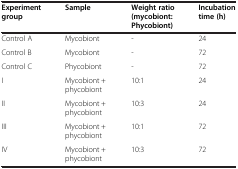
<table><thead><tr><td><b>Experiment group</b></td><td><b>Sample</b></td><td><b>Weight ratio (mycobiont:Phycobiont)</b></td><td><b>Incubation time (h)</b></td></tr></thead><tbody><tr><td>Control A</td><td>Mycobiont</td><td>-</td><td>24</td></tr><tr><td>Control B</td><td>Mycobiont</td><td>-</td><td>72</td></tr><tr><td>Control C</td><td>Phycobiont</td><td>-</td><td>72</td></tr><tr><td>I</td><td>Mycobiont + phycobiont</td><td>10:1</td><td>24</td></tr><tr><td>II</td><td>Mycobiont + phycobiont</td><td>10:3</td><td>24</td></tr><tr><td>III</td><td>Mycobiont + phycobiont</td><td>10:1</td><td>72</td></tr><tr><td>IV</td><td>Mycobiont + phycobiont</td><td>10:3</td><td>72</td></tr></tbody></table>